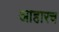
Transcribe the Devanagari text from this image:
आहारच